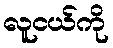
လူငယ်ကို